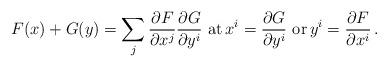
LaTeX: \begin{align*}F(x)+G(y)=\sum_j\frac{\partial F}{\partial x^j}\frac{\partial G}{\partial y^i}\,\,\mbox{at}\,x^i=\frac{\partial G}{\partial y^i}\,\,\mbox{or}\,y^i=\frac{\partial F}{\partial x^i} \,.\end{align*}